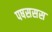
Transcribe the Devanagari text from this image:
पषससस